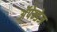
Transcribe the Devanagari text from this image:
अॅपेन्डेज